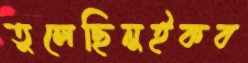
তুলেছিনুইকব